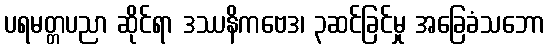
ပရမတ္တပညာ ဆိုင်ရာ ဒဿနိကဗေဒ၊ ၃ဆင်ခြင်မှု အခြေခံသဘော